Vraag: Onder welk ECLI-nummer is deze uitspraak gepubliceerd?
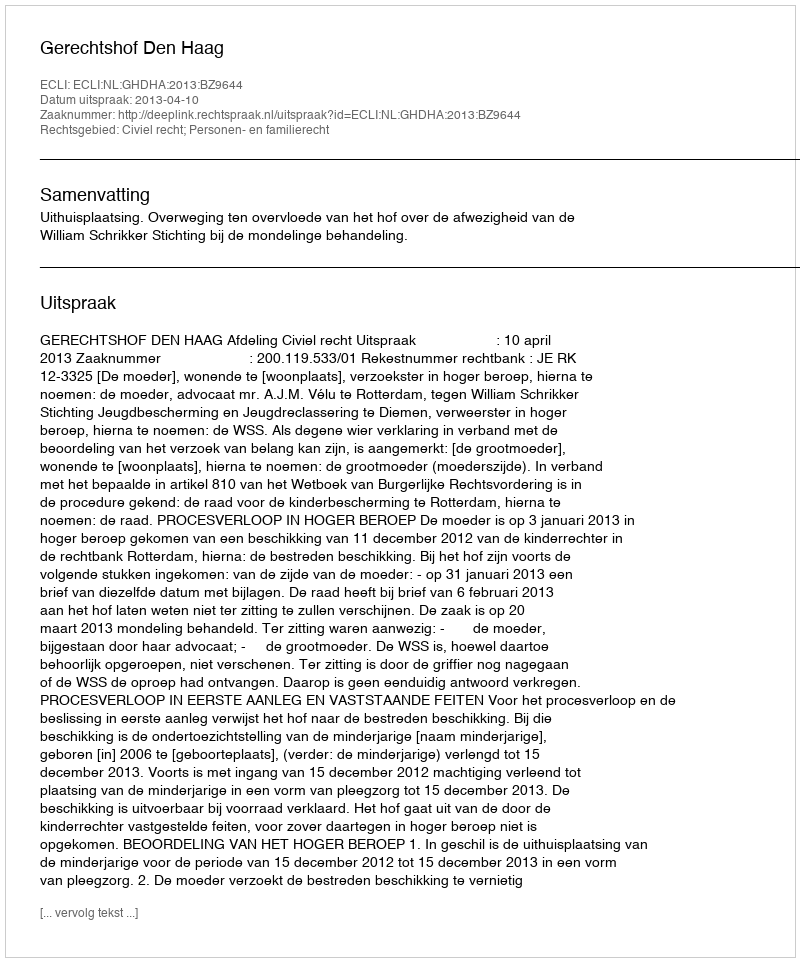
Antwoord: ECLI:NL:GHDHA:2013:BZ9644